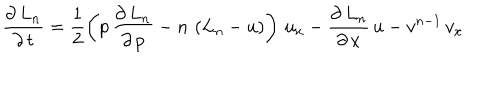
\frac { \partial \, L _ { n } } { \partial \, t } = \frac { 1 } { 2 } \left( p \, \frac { \partial \, L _ { n } } { \partial \, p } - n \, \left( L _ { n } - u \right) \right) \, u _ { x } - \frac { \partial \, L _ { n } } { \partial \, x } \, u - v ^ { n - 1 } \, v _ { x }